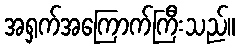
အရှက်အကြောက်ကြီးသည်။